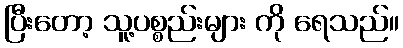
ပြီးတော့ သူ့ပစ္စည်းများ ကို ရေသည်။